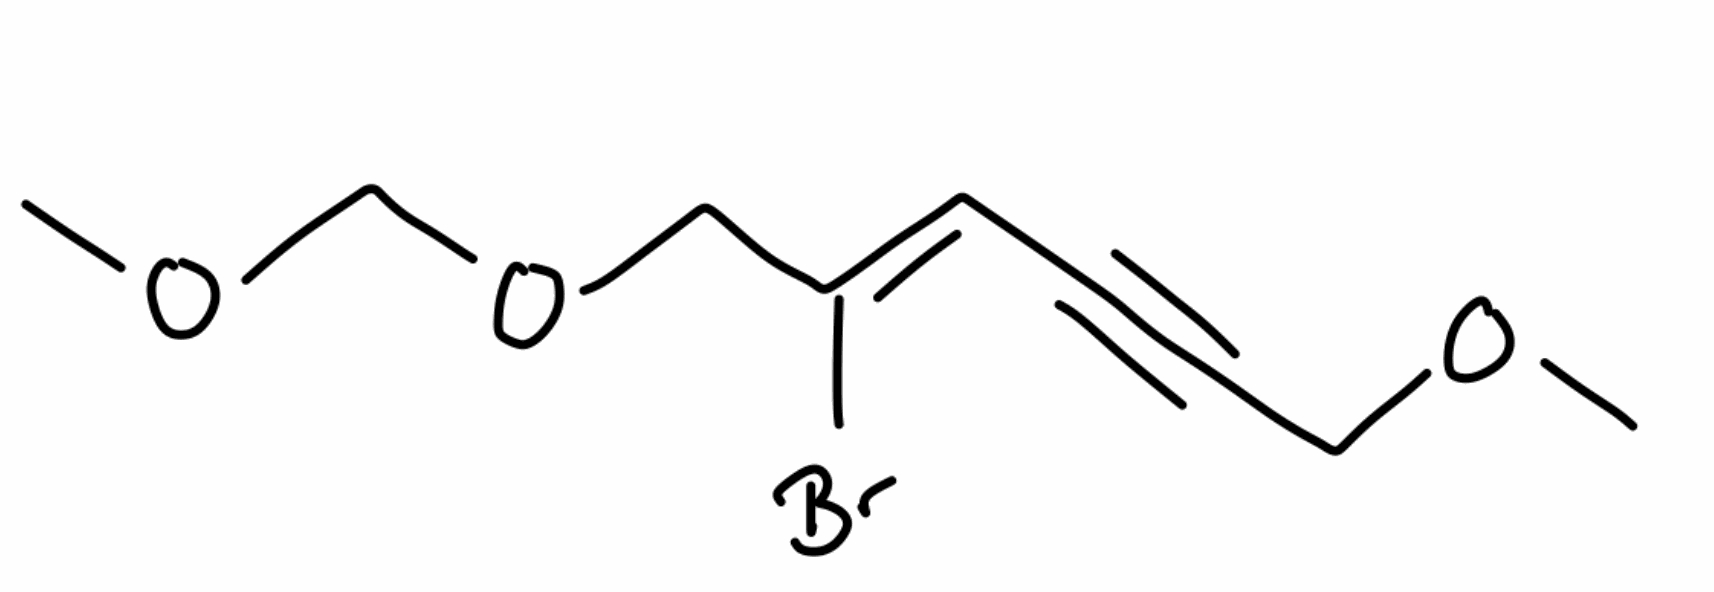
Simplified molecular-input line-entry system (SMILES) notation of the given molecule:
COCC#C/C=C(/COCOC)\Br